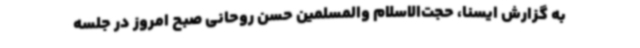
به گزارش ایسنا، حجت‌الاسلام والمسلمین حسن روحانی صبح امروز در جلسه